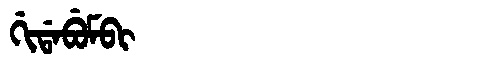
Manchu: ᡤᡳᡩᠠᠪᡠᠮᠪᡳ
Romanization: GIDABUMBI